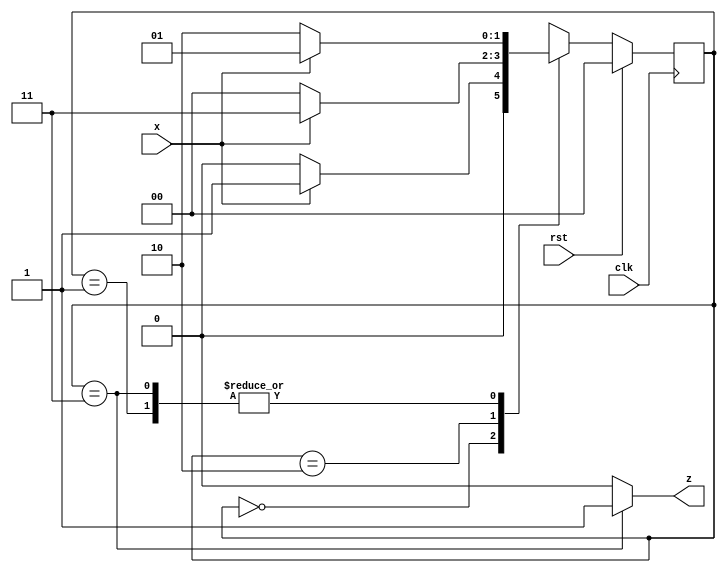
module moore_detector (input x, rst, clk, output z );
parameter [1:0] a=0, b=1, c=2, d=3;
reg [1:0] current;
always @( posedge clk )
if ( rst )  current = a;
else case ( current )
a : current = x ? b : a ;
b : current = x ? b : c ;
c : current = x ? d : a ;
d : current = x ? b : c ;
default : current = a ;
endcase
assign z = (current==d) ? 1'b1 : 1'b0;
endmodule